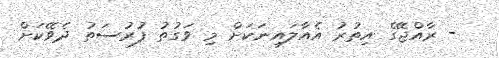
- ރާއްޖޭގެ އިތުރު އެއާލައިނަކަށް މި ވަގުތު ފުރުސަތު ދެވޭކަށް